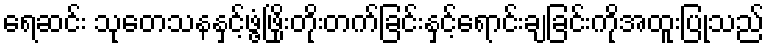
ရေဆင်း သုတေသနနှင့်ဖွံ့ဖြိုးတိုးတက်ခြင်းနှင့်ရောင်းချခြင်းကိုအထူးပြုသည်